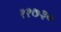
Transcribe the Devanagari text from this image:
११७३०